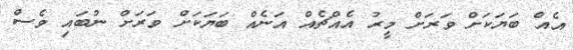
އެއް ބަޔަކަށް ވަރަށް މީރު އެއްޗެއް އަނެއް ބަޔަކަށް ވަރަށް ނުބައި ވެސް